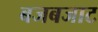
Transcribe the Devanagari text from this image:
बजबजाट